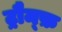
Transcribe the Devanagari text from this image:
ट्रौम्फ़